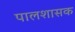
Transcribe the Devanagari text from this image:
पालशासक